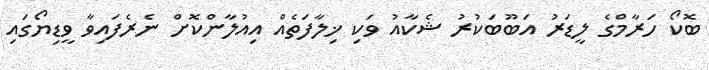
ބޮކޯ ހަރާމްގެ ލީޑަރު އަބޫބަކުރު ޝެކާއު ވަކި ޚިލާފަތެއް އިއުލާންކޮށް ނެރެފައިވާ ވީޑިޔޯގައި